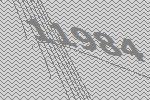
11984